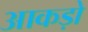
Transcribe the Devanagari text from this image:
आकड़ो